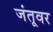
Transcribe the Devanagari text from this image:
जंतूवर